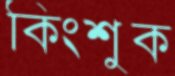
কিংশুক